Trukikaitis_Postimees, lk 118
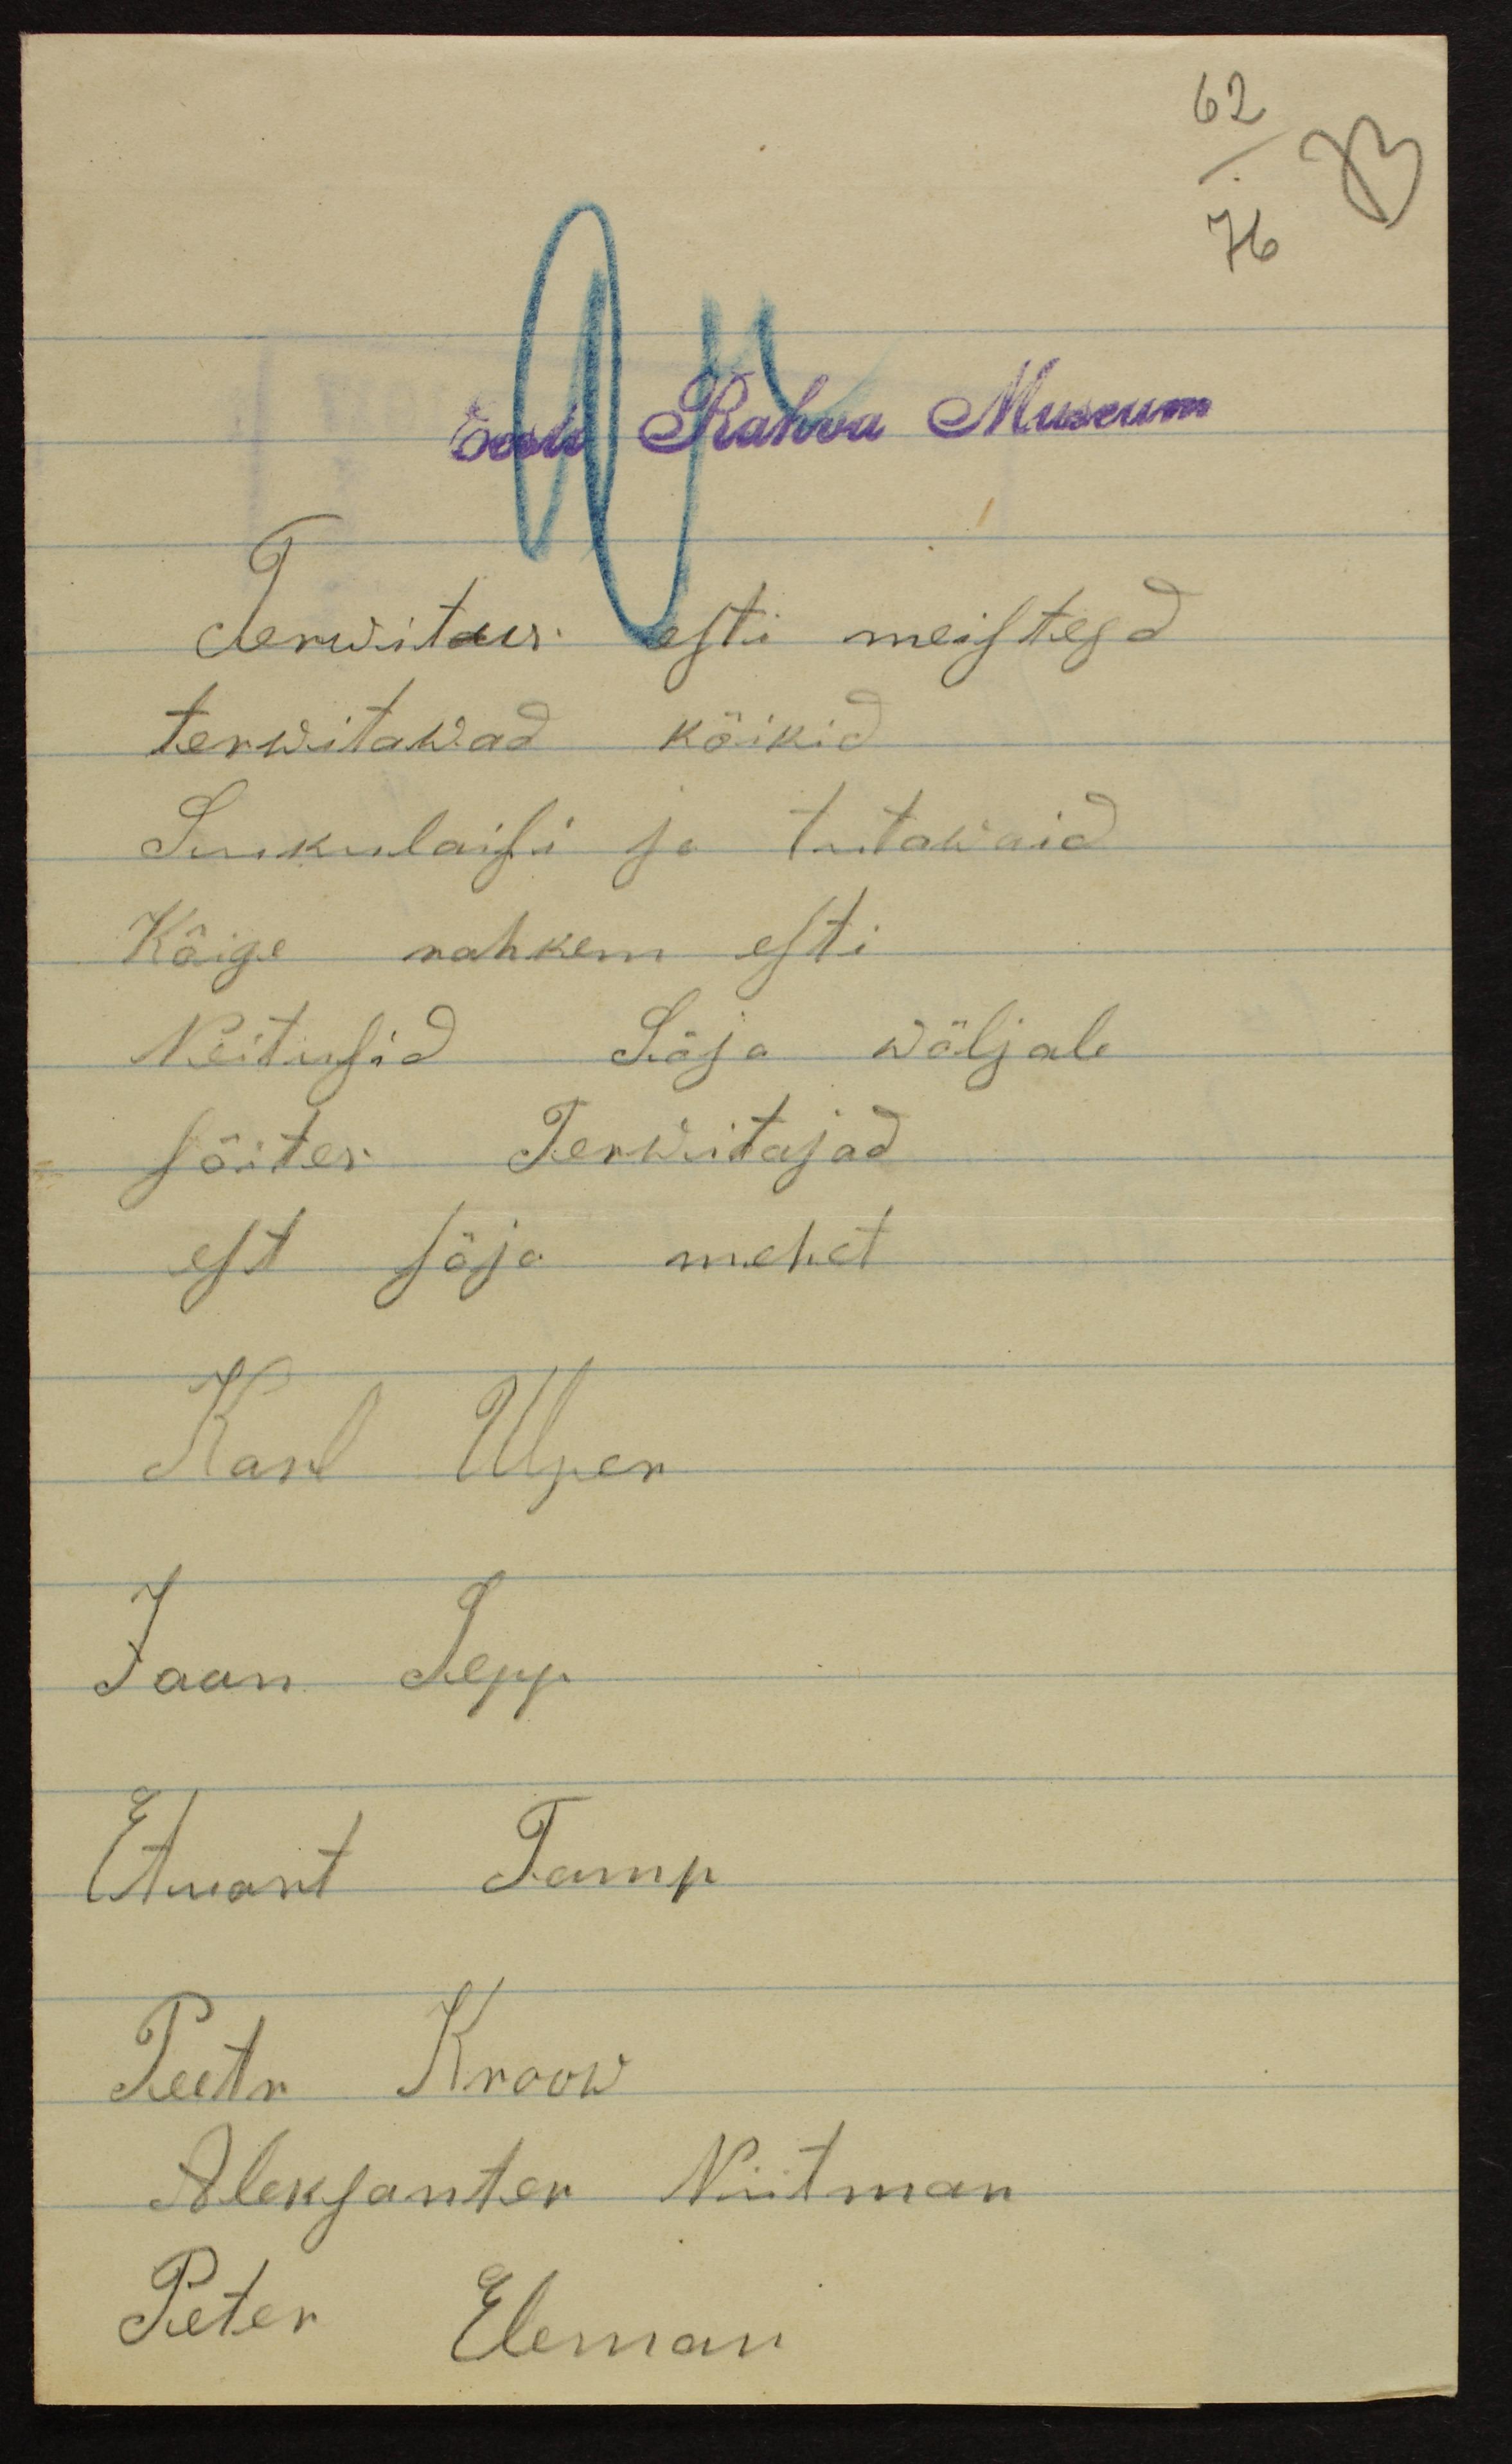
Eesti Rahva Museum
Terwitus Eesti meistesa
terwitawad kõikid
Sukulaisi ja tutawaid
Kõige rohkem esti
Neitusid Sõja wäljale
sõites Terwitajad
est sõja mehet
Karl Upen
Jaan Sepp
Etuart Tamp
Peetr Kroow
Aleksanter Niitman
Peter Eleman